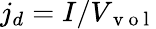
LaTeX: j_{d}=I/V_{\mathrm{~v~o~l~}}